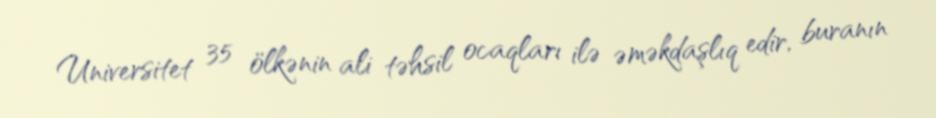
Universitet 35 ölkənin ali təhsil ocaqları ilə əməkdaşlıq edir, buranın